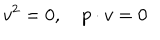
v ^ { 2 } = 0 , \quad p \cdot v = 0